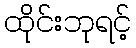
ထိုင်းဘုရင့်